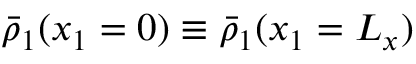
\bar { \rho } _ { 1 } ( x _ { 1 } = 0 ) \equiv \bar { \rho } _ { 1 } ( x _ { 1 } = L _ { x } )